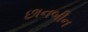
છાનબીન